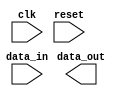
module IO_Block_HighSpeed_Buffer(
    input wire clk,
    input wire reset,
    input wire data_in,
    output wire data_out
);

// IO Block functionality goes here

endmodule